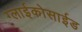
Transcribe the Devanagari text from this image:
ग्लाईकोसाईड